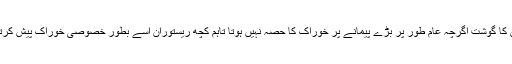
اس ہرن کا گوشت اگرچہ عام طور پر بڑے پیمانے پر خوراک کا حصہ نہیں ہوتا تاہم کچھ ریستوران اسے بطور خصوصی خوراک پیش کرتے ہیں۔